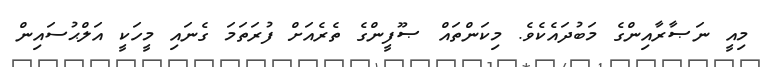
މިއީ ނަޞާރާއިންގެ މަބުދައެކެވެ. މިކަންތައް ޞޫފީންގެ ތެރެއަށް ފުރަތަމަ ގެނައި މީހަކީ އަލްޙުސައިން